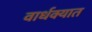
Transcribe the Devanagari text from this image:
वार्धक्यात